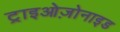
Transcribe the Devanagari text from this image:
ट्राइओज़ोनाइड